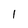
Character: 1